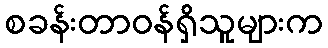
စခန်းတာဝန်ရှိသူများက